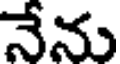
నేను